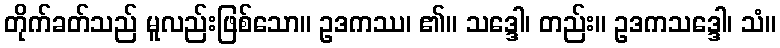
တိုက်ခတ်သည် မူလည်းဖြစ်သော။ ဥဒကဿ၊ ၏။ သဒ္ဒေါ၊ တည်း။ ဥဒကသဒ္ဒေါ၊ သံ။